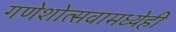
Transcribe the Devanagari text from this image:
गणेशोत्सवामध्येही